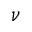
\nu